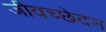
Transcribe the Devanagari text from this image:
जीवच्छेदन